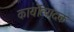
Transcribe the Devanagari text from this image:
कार्योत्पादक